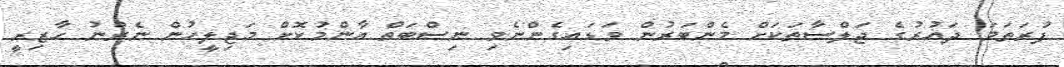
ފުރަތަމަ ދައުރުގެ ޖަލްސާތަކަށް މެންބަރުން ވަޑައިގެންނެވި ނިސްބަތް އާންމުކޮށް މަޖިލީހުން ނެރުނު ހާޒިރީ